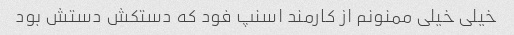
خیلی خیلی ممنونم از کارمند اسنپ فود که دستکش دستش بود